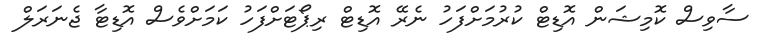
ސާވިސް ކޮމިޝަން އޮޑިޓް ކުރުމަށްފަހު ނެރޭ އޮޑިޓް ރިޕޯޓަށްފަހު ކަމަށްވެސް އޮޑިޓާ ޖެނަރަލް